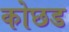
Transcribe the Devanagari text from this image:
कोछड